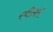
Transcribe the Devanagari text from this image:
स्पीअर्स